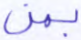
بمن